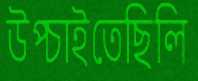
উপ্‌চাইতেছিলি